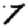
Digit: 7